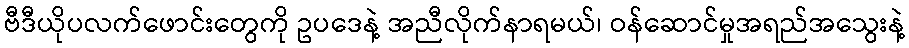
ဗီဒီယိုပလက်ဖောင်းတွေကို ဥပဒေနဲ့ အညီလိုက်နာရမယ်၊ ဝန်ဆောင်မှုအရည်အသွေးနဲ့